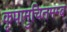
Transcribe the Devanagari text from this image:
कृपामुचितमम्ब